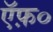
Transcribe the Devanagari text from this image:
ऍफ़०